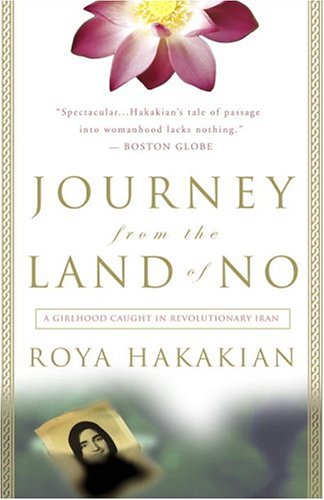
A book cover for Journey from the Land of No: A Girlhood Caught in Revolutionary Iran; Roya Hakakian; Religion & Spirituality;